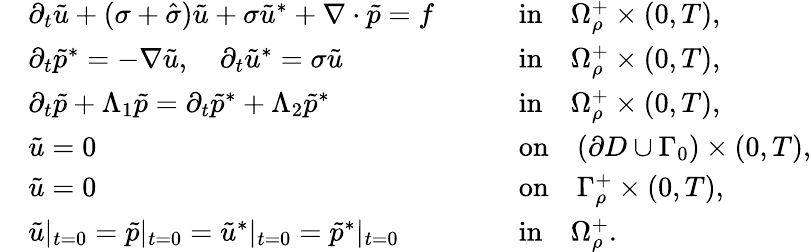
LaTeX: \begin{array}{rlrl}&{\partial_{t}\tilde{u}+(\sigma+\hat{\sigma})\tilde{u}+\sigma\tilde{u}^{*}+\nabla\cdot\tilde{p}=f\quad}&&{\mathrm{in}\quad\Omega_{\rho}^{+}\times(0,T),}\\ &{\partial_{t}\tilde{p}^{*}=-\nabla\tilde{u},\quad\partial_{t}\tilde{u}^{*}=\sigma\tilde{u}\quad}&&{\mathrm{in}\quad\Omega_{\rho}^{+}\times(0,T),}\\ &{\partial_{t}\tilde{p}+\Lambda_{1}\tilde{p}=\partial_{t}\tilde{p}^{*}+\Lambda_{2}\tilde{p}^{*}\quad}&&{\mathrm{in}\quad\Omega_{\rho}^{+}\times(0,T),}\\ &{\tilde{u}=0\quad}&&{\mathrm{on}\quad(\partial D\cup\Gamma_{0})\times(0,T),}\\ &{\tilde{u}=0\quad}&&{\mathrm{on}\quad\Gamma_{\rho}^{+}\times(0,T),}\\ &{\tilde{u}|_{t=0}=\tilde{p}|_{t=0}=\tilde{u}^{*}|_{t=0}=\tilde{p}^{*}|_{t=0}\quad}&&{\mathrm{in}\quad\Omega_{\rho}^{+}.}\end{array}